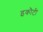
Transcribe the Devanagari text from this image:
इकौटी